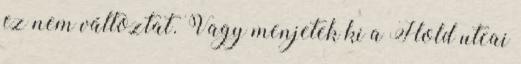
ez nem változtat. Vagy menjetek ki a Hold utcai